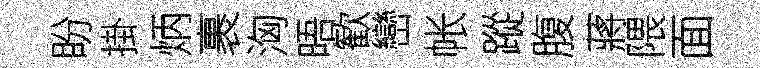
盼掛炳裹洶晤歓巒帐蹤腹蔣隈面